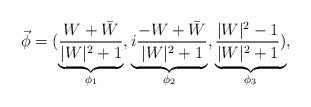
LaTeX: \begin{align*}\vec{\phi}=(\underbrace{\frac{W+\bar{W}}{|W|^{2}+1}}_{\phi_1},\underbrace{i\frac{-W+\bar{W}}{|W|^{2}+1}}_{\phi_2},\underbrace{\frac{|W|^{2}-1}{|W|^{2}+1})}_{\phi_3},\end{align*}